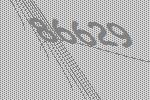
86629